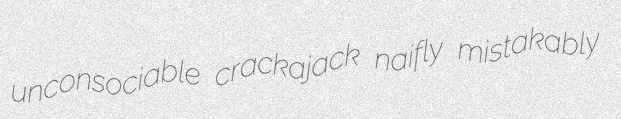
unconsociable crackajack naifly mistakably